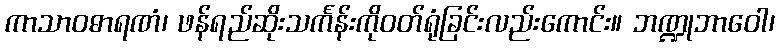
ကာသာဝဓာရဏံ၊ ဖန်ရည်ဆိုးသင်္ကန်းကိုဝတ်ရုံခြင်းလည်းကောင်း။ ဘဏ္ဍုဘာဝေါ၊